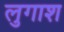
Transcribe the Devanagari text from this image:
लुगाश